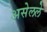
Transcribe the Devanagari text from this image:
असेलले